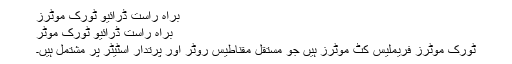
براہ راست ڈرائیو ٹورک موٹرز
براہ راست ڈرائیو ٹورک موٹر
ٹورک موٹرز فریملیس کٹ موٹرز ہیں جو مستقل مقناطیس روٹر اور پرتدار اسٹیٹر پر مشتمل ہیں۔